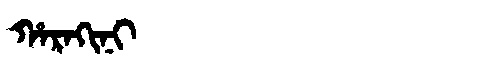
Manchu: ᡥᠠᡵᠠᡴᡳᠨᡳ
Romanization: HARAKINI